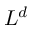
L ^ { d }